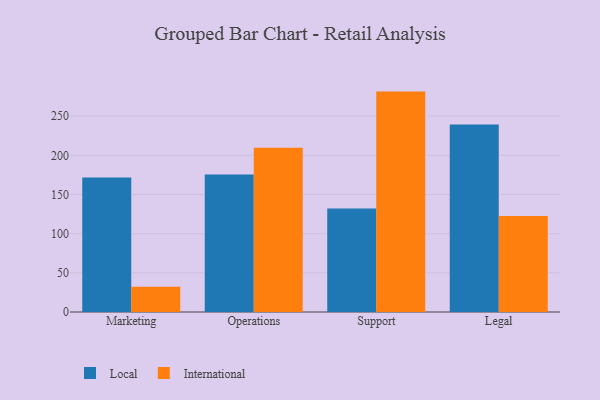
{"axis": {"x": "Department", "y": "Page Views"}, "legend": ["International", "Local"], "data": [{"x": "Marketing", "y": 171.8, "type": "Local"}, {"x": "Marketing", "y": 32.2, "type": "International"}, {"x": "Operations", "y": 175.6, "type": "Local"}, {"x": "Operations", "y": 209.7, "type": "International"}, {"x": "Support", "y": 132.0, "type": "Local"}, {"x": "Support", "y": 281.3, "type": "International"}, {"x": "Legal", "y": 239.4, "type": "Local"}, {"x": "Legal", "y": 122.6, "type": "International"}]}